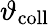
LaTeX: \vartheta_{\mathrm{coll}}